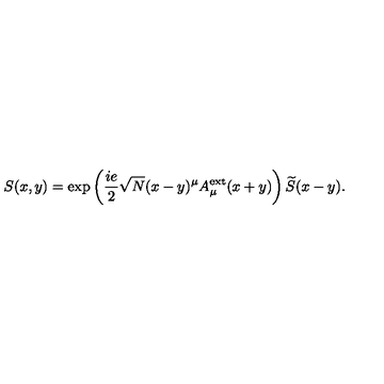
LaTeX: S ( x , y ) = \exp \left( \frac { i e } { 2 } \sqrt { N } ( x - y ) ^ { \mu } A _ { \mu } ^ { \mathrm { e x t } } ( x + y ) \right) \widetilde { S } ( x - y ) .